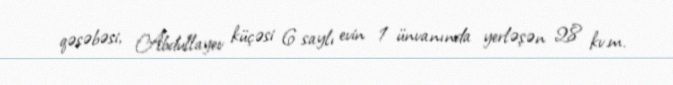
qəsəbəsi, Abdullayev küçəsi 6 saylı evin 1 ünvanında yerləşən 28 kv.m.